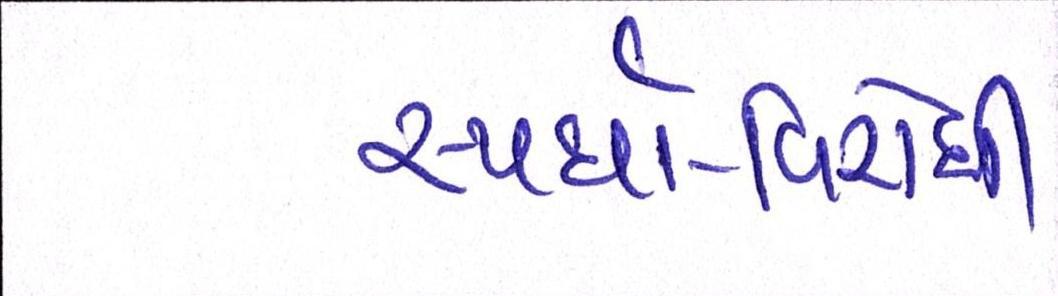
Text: સ્પર્ધા-વિરોધી